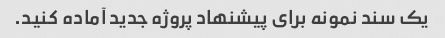
یک سند نمونه برای پیشنهاد پروژه جدید آماده کنید.